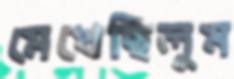
মেখেছিলুম